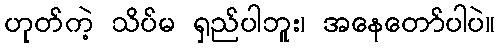
ဟုတ်ကဲ့ သိပ်မ ရှည်ပါဘူး၊ အနေတော်ပါပဲ။